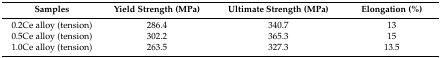
<table><thead><tr><td><b>Samples</b></td><td><b>Yield Strength (MPa)</b></td><td><b>Ultimate Strength (MPa)</b></td><td><b>Elongation (%)</b></td></tr></thead><tbody><tr><td>0.2Ce alloy (tension)</td><td>286.4</td><td>340.7</td><td>13</td></tr><tr><td>0.5Ce alloy (tension)</td><td>302.2</td><td>365.3</td><td>15</td></tr><tr><td>1.0Ce alloy (tension)</td><td>263.5</td><td>327.3</td><td>13.5</td></tr></tbody></table>